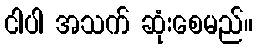
ငါပါ အသက် ဆုံးစေမည်။